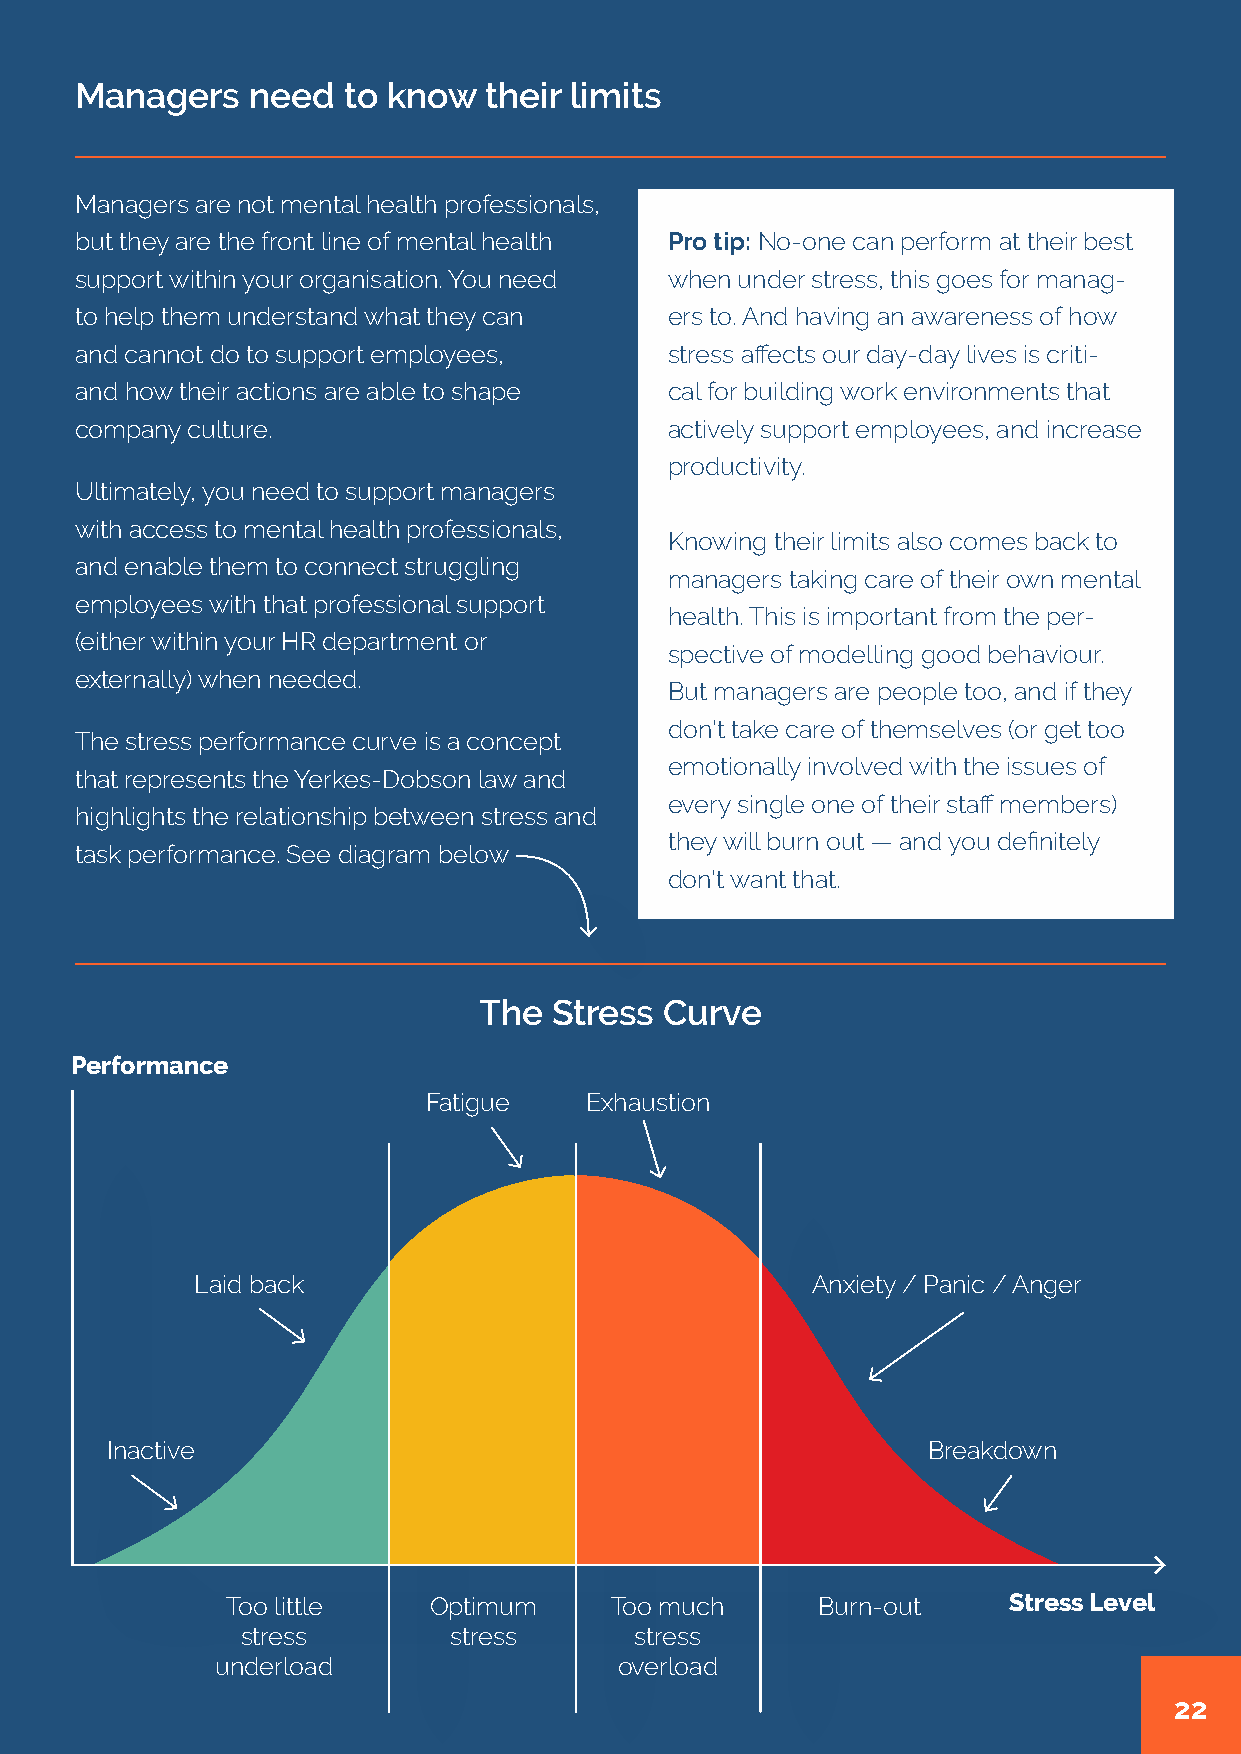
Managers    need  to know  their limits
 Managers are not mental health professionals,
 but they are the front line of mental health Pro tip: No-one can perform at their best
 support within your organisation. You need when under stress, this goes for manag-
 to help them understand what they can  ers to. And having an awareness of how
 and cannot do to support employees,    stress affects our day-day lives is criti-
 and how their actions are able to shape cal for building work environments that
 company culture.                       actively support employees, and increase
 productivity.
 Ultimately, you need to support managers
 with access to mental health professionals,
 Knowing their limits also comes back to
 and enable them to connect struggling
 managers taking care of their own mental
 employees with that professional support
 health. This is important from the per-
 (either within your HR department or
 spective of modelling good behaviour.
 externally) when needed.
 But managers are people too, and if they
 don’t take care of themselves (or get too
 The stress performance curve is a concept
 emotionally involved with the issues of
 that represents the Yerkes-Dobson law and
 every single one of their staff members)
 highlights the relationship between stress and
 they will burn out — and you definitely
 task performance. See diagram below
 don’t want that.
 The Stress  Curve
 Performance
 Fatigue    Exhaustion
 Laid back                                Anxiety / Panic / Anger
 Inactive                                              Breakdown
 Too little   Optimum     Too much      Burn-out     Stress Level
 stress        stress      stress
 underload                  overload
 22